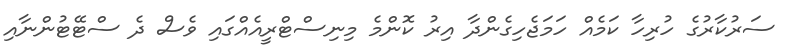
ސަރުކާރުގެ ހުރިހާ ކަމެއް ހަމަޖެހިގެންދާ އިރު ކޮންމެ މިނިސްޓްރީއެއްގައި ވެސް ދެ ސްޓޭޓުންނާއި